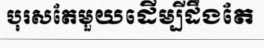
បុរសតែមួយដើម្បីដឹងតែ